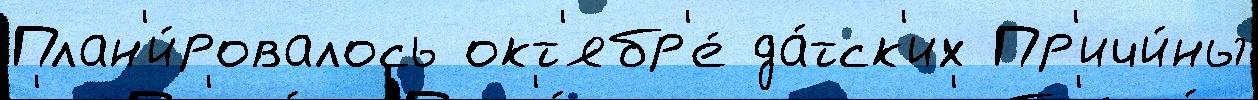
План'и́ровалось окт'ябр'е́ да́тск'их Пр'ичи́ны